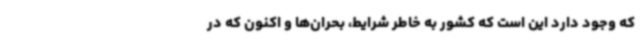
که وجود دارد این است که کشور به خاطر شرایط، بحران‌ها و اکنون که در